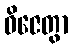
ဝိဇေတွာ